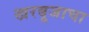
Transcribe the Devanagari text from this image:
खरबूजाचा